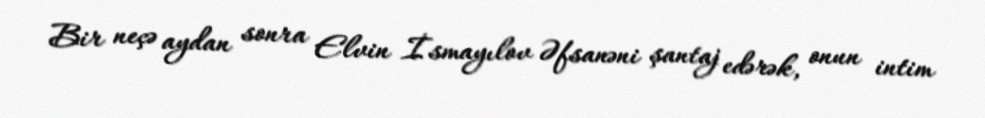
Bir neçə aydan sonra Elvin İsmayılov Əfsanəni şantaj edərək, onun intim